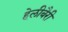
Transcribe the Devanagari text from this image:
हेलीबैरी